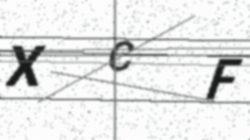
Text: XCF